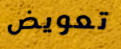
تعويض